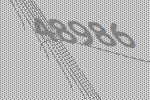
48986